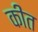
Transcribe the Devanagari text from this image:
कीत